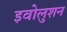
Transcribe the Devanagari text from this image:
इवोलुशन